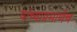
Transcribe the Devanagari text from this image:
यांच्याप्रमाणेंच